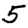
Digit: 5